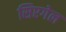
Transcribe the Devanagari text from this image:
सिएगेल